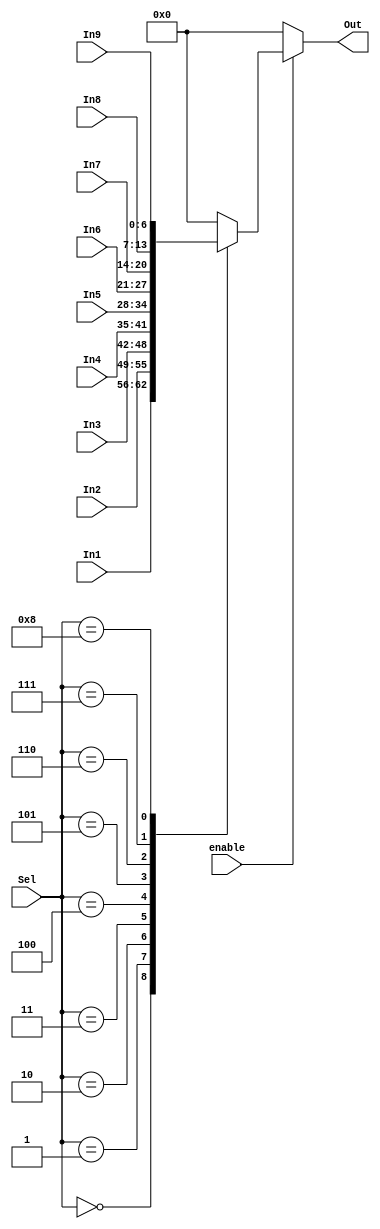
module mux_9x1( Out,

  Sel,
  In1,
  In2,
  In3,
  In4,
  In5,
  In6,
  In7,
  In8,
  In9,
  enable
  ); 

input

 [6:0] In1,
  In2,
  In3,
  In4,
  In5,
  In6,
  In7,
  In8,
  In9; 
  //The eight 8-bit input lines of the Mux 

input [3:0] Sel; //The three bit selection line 
output reg [6:0] Out; //The single 8-bit output line of the Mux 
input enable;


//Check the state of the input lines 
always @ (In1 or In2 or In3 or In4 or In5 or In6 or In7 or In8 or In9 or Sel or enable) 
begin 
 if (enable)
 begin
 case (Sel) 
  4'b0000 : Out = In1; 
  4'b0001 : Out = In2; 
  4'b0010 : Out = In3; 
  4'b0011 : Out = In4; 
  4'b0100 : Out = In5; 
  4'b0101 : Out = In6; 
  4'b0110 : Out = In7; 
  4'b0111 : Out = In8;
  4'b1000 : Out = In9;  
  default : Out = 4'b0000; 
 
  //If input is undefined then output is undefined 

 endcase 
 
 end
 else
	Out = 7'b0000000;

end  

endmodule